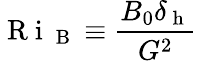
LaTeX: \mathrm{~R~i~}_{\mathrm{~B~}}\equiv\frac{B_{0}\delta_{\mathrm{~h~}}}{G^{2}}